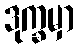
ဒုက္ခမှာ